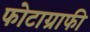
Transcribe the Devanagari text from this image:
फोटाग्राफी